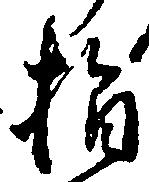
指